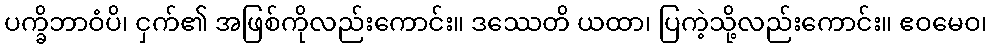
ပက္ခိဘာဝံပိ၊ ငှက်၏ အဖြစ်ကိုလည်းကောင်း။ ဒဿေတိ ယထာ၊ ပြကဲ့သို့လည်းကောင်း။ ဧဝမေဝ၊